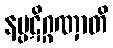
နပ္ပဋိဂ္ဂဏှာတိ